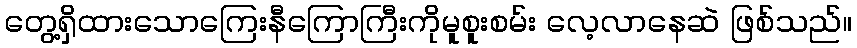
တွေ့ရှိထားသောကြေးနီကြောကြီးကိုမူစူးစမ်း လေ့လာနေဆဲ ဖြစ်သည်။